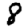
Digit: 8